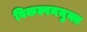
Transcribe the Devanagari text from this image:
विकल्पनयुक्त